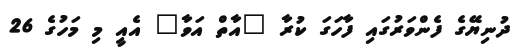
ދުނިޔޭގެ ފެންވަރުގައި ފާހަގަ ކުރާ "އާތް އަވާ" އެއީ މި މަހުގެ 26